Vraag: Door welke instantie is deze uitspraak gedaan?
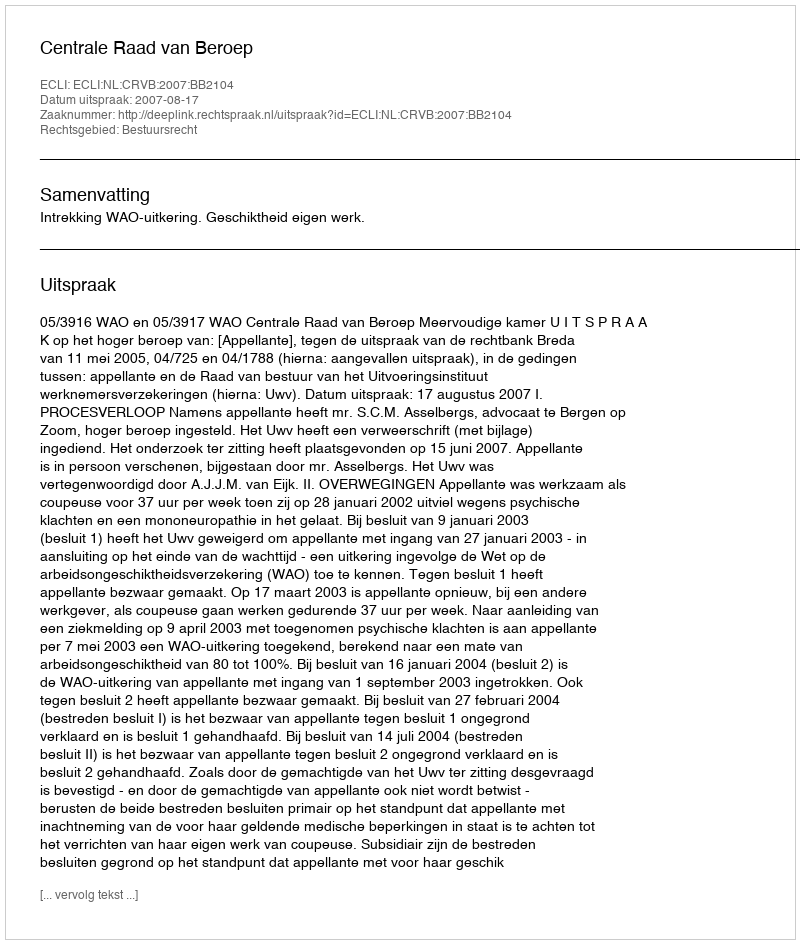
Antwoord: Centrale Raad van Beroep